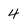
Character: 4